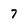
Character: 7